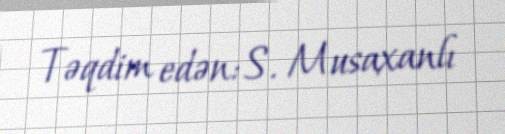
Təqdim edən: S. Musaxanlı